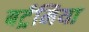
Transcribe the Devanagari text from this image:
बर्ट्रमिया